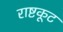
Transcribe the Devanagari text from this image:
राष्टकूट